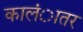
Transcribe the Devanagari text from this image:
कालंातर